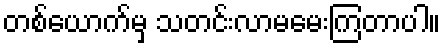
တစ်ယောက်မှ သတင်းလာမမေးကြတာပါ။